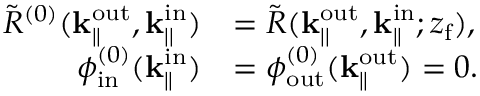
\begin{array} { r l } { \Tilde { R } ^ { ( 0 ) } ( \mathbf { k } _ { | | } ^ { \mathrm { o u t } } , \mathbf { k } _ { | | } ^ { \mathrm { i n } } ) } & { = \Tilde { R } ( \mathbf { k } _ { | | } ^ { \mathrm { o u t } } , \mathbf { k } _ { | | } ^ { \mathrm { i n } } ; z _ { \mathrm { f } } ) , } \\ { \phi _ { \mathrm { i n } } ^ { ( 0 ) } ( \mathbf { k } _ { \parallel } ^ { \mathrm { i n } } ) } & { = \phi _ { \mathrm { o u t } } ^ { ( 0 ) } ( \mathbf { k } _ { \parallel } ^ { \mathrm { o u t } } ) = 0 . } \end{array}